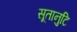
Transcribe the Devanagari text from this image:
सूतानुटि